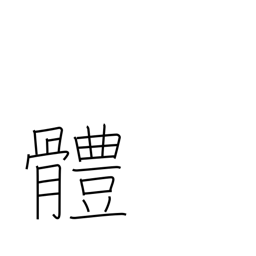
Meaning: the body